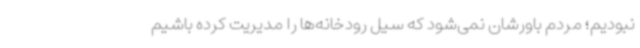
نبودیم؛ مردم باورشان نمی‌شود که سیل رودخانه‌ها را مدیریت کرده باشیم